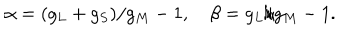
\alpha = ( g _ { L } + g _ { S } ) / g _ { M } - 1 , \quad \beta = g _ { L } / g _ { M } - 1 .